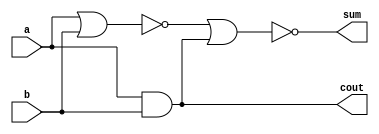
`timescale 1ns / 1ps
//////////////////////////////////////////////////////////////////////////////////
// Module Name: half_adder
//              "",""
//              MOS
// Resource:     //--------------------------------------------
                 //|  Gate  |  Gate count  | Transistor count  |
                 //|  AND   |  1           | 6                 | 
                 //|  OR    |  0           | 0                 |
                 //|  NOT   |  0           | 0                 |  
                 //|  NAND  |  0           | 0                 |
                 //|  NOR   |  2           | 8                 | 
                 //|  AOI4  |  0           | 0                 |
                 //|  XNOR  |  0           | 0                 |
                 //|  XOR   |  0           | 0                 |
                 //---------------------------------------------
                 //| summary|  3           | 14                |
                 //---------------------------------------------
//////////////////////////////////////////////////////////////////////////////////
module half_adder(
        input wire  a   ,
        input wire  b   ,
        
        output wire cout,
        output wire sum 
    );
    
    //(),
    wire a_nor_b        ;   //ab,""
    wire a_and_b        ;   //ab,"",cout
    
    assign a_and_b = a & b;    //
    assign a_nor_b = ~(a | b); //
   
    //
    assign cout     = a_and_b;
    assign sum      = ~(a_nor_b | a_and_b);
    
endmodule